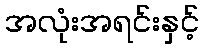
အလုံးအရင်းနှင့်